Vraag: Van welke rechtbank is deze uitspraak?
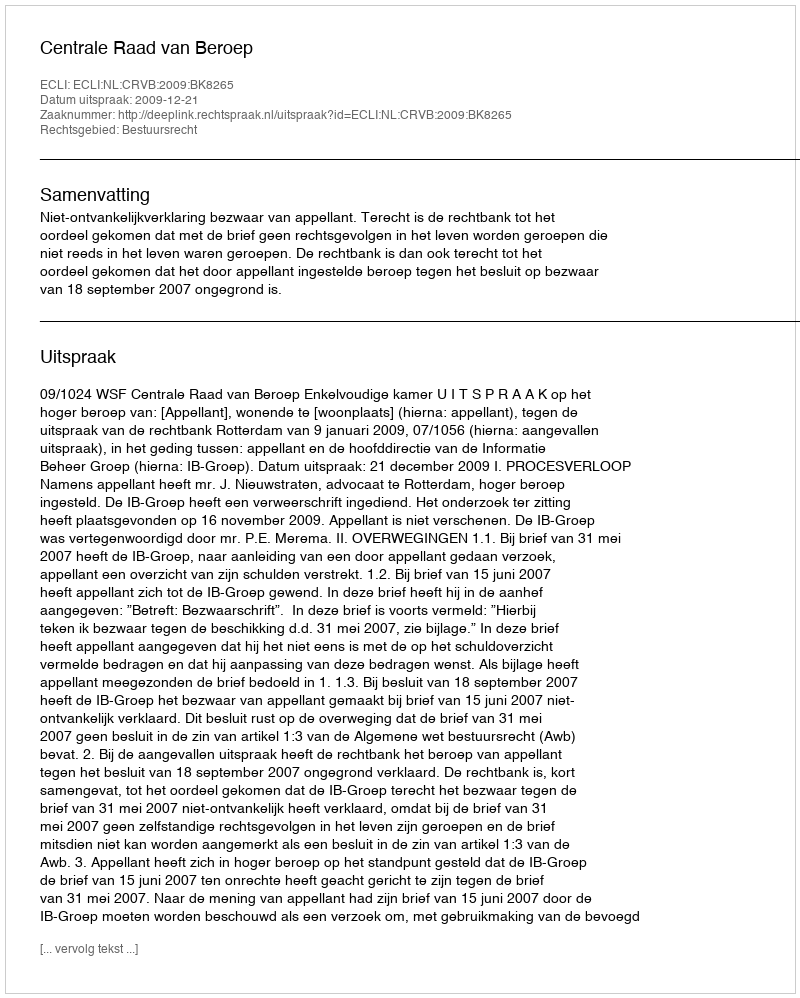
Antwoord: Centrale Raad van Beroep